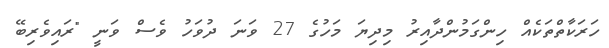
ހަރަކާތްތަކެއް ހިންގަމުންދާއިރު މިދިޔަ މަހުގެ 27 ވަނަ ދުވަހު ވެސް ވަނީ "ރައިވެރިބޭ